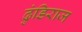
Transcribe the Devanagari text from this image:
ढुंडिराज